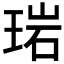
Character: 𬍰